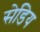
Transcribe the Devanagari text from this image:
सेडिय